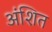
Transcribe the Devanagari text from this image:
अंशित